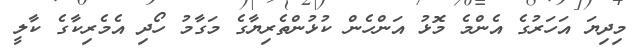
މިދިޔަ އަހަރުގެ އެންމެ މޮޅު އަންހެން ކުޅުންތެރިޔާގެ މަގާމު ހޯދި އެމެރިކާގެ ކާލީ